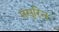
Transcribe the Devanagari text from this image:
मंसुरिन